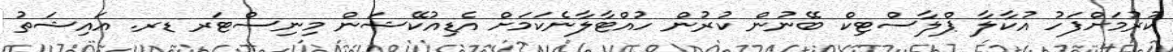
ކުރުމަށްފަހު އުކާލާ ޕްލާސްޓިކް ބޭނުން ކުރުން ހުއްޓާލާނެކަމަށް އެޑިއުކޭޝަން މިނިސްޓަރ ޑރ. އައިޝަތު